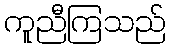
ကူညီကြသည်